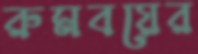
রুমবয়ের